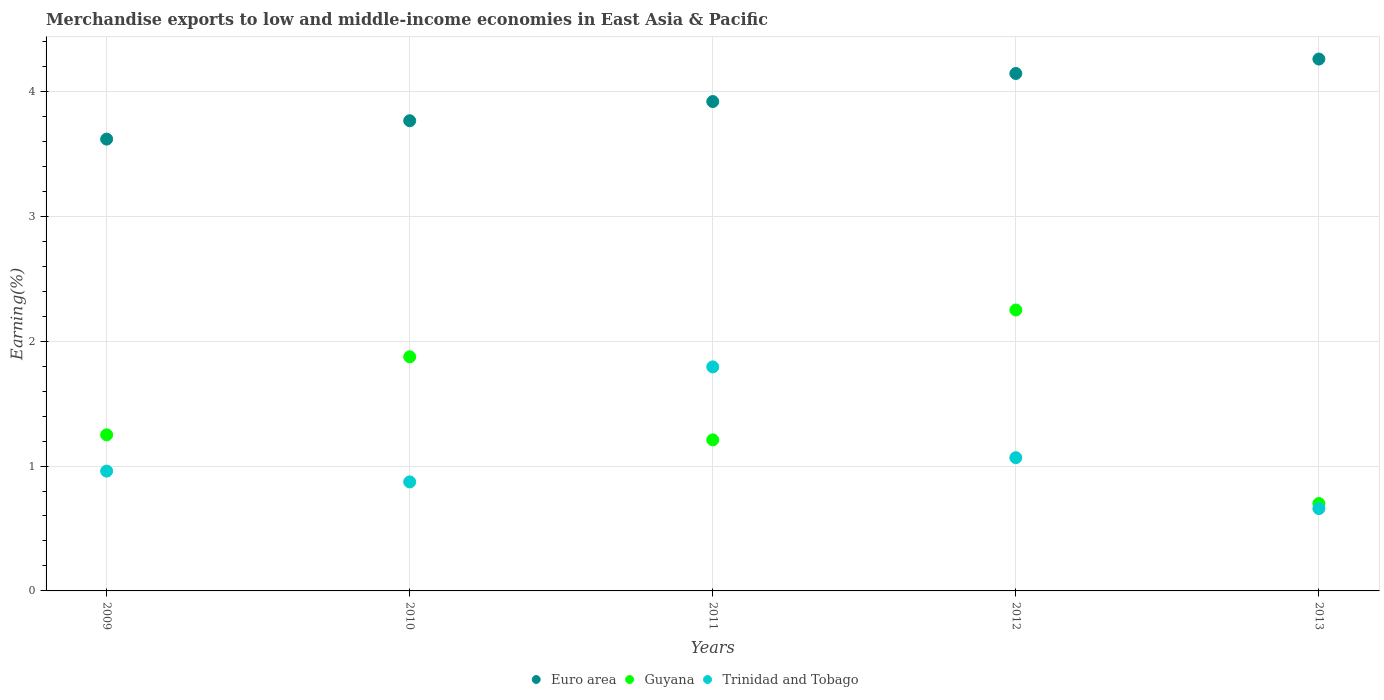
| Years | Euro area | Guyana | Trinidad and Tobago |
 | --- | --- | --- | --- |
 | 2009 | 3.62 | 1.25 | 0.959 |
 | 2010 | 3.76 | 1.87 | 0.873 |
 | 2011 | 3.92 | 1.21 | 1.79 |
 | 2012 | 4.14 | 2.25 | 1.07 |
 | 2013 | 4.26 | 0.7 | 0.659 |